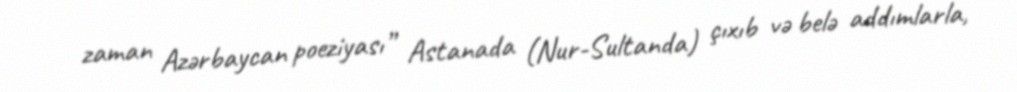
zaman Azərbaycan poeziyası” Astanada (Nur-Sultanda) çıxıb və belə addımlarla,